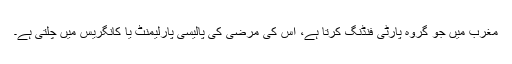
مغرب میں جو گروہ پارٹی فنڈنگ کرتا ہے، اس کی مرضی کی پالیسی پارلیمنٹ یا کانگریس میں چلتی ہے۔